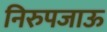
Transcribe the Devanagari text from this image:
निरुपजाऊ